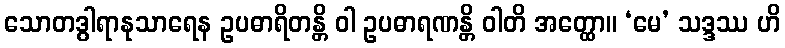
သောတဒွါရာနုသာရေန ဥပဓာရိတန္တိ ဝါ ဥပဓာရဏန္တိ ဝါတိ အတ္ထော။ ‘မေ’ သဒ္ဒဿ ဟိ